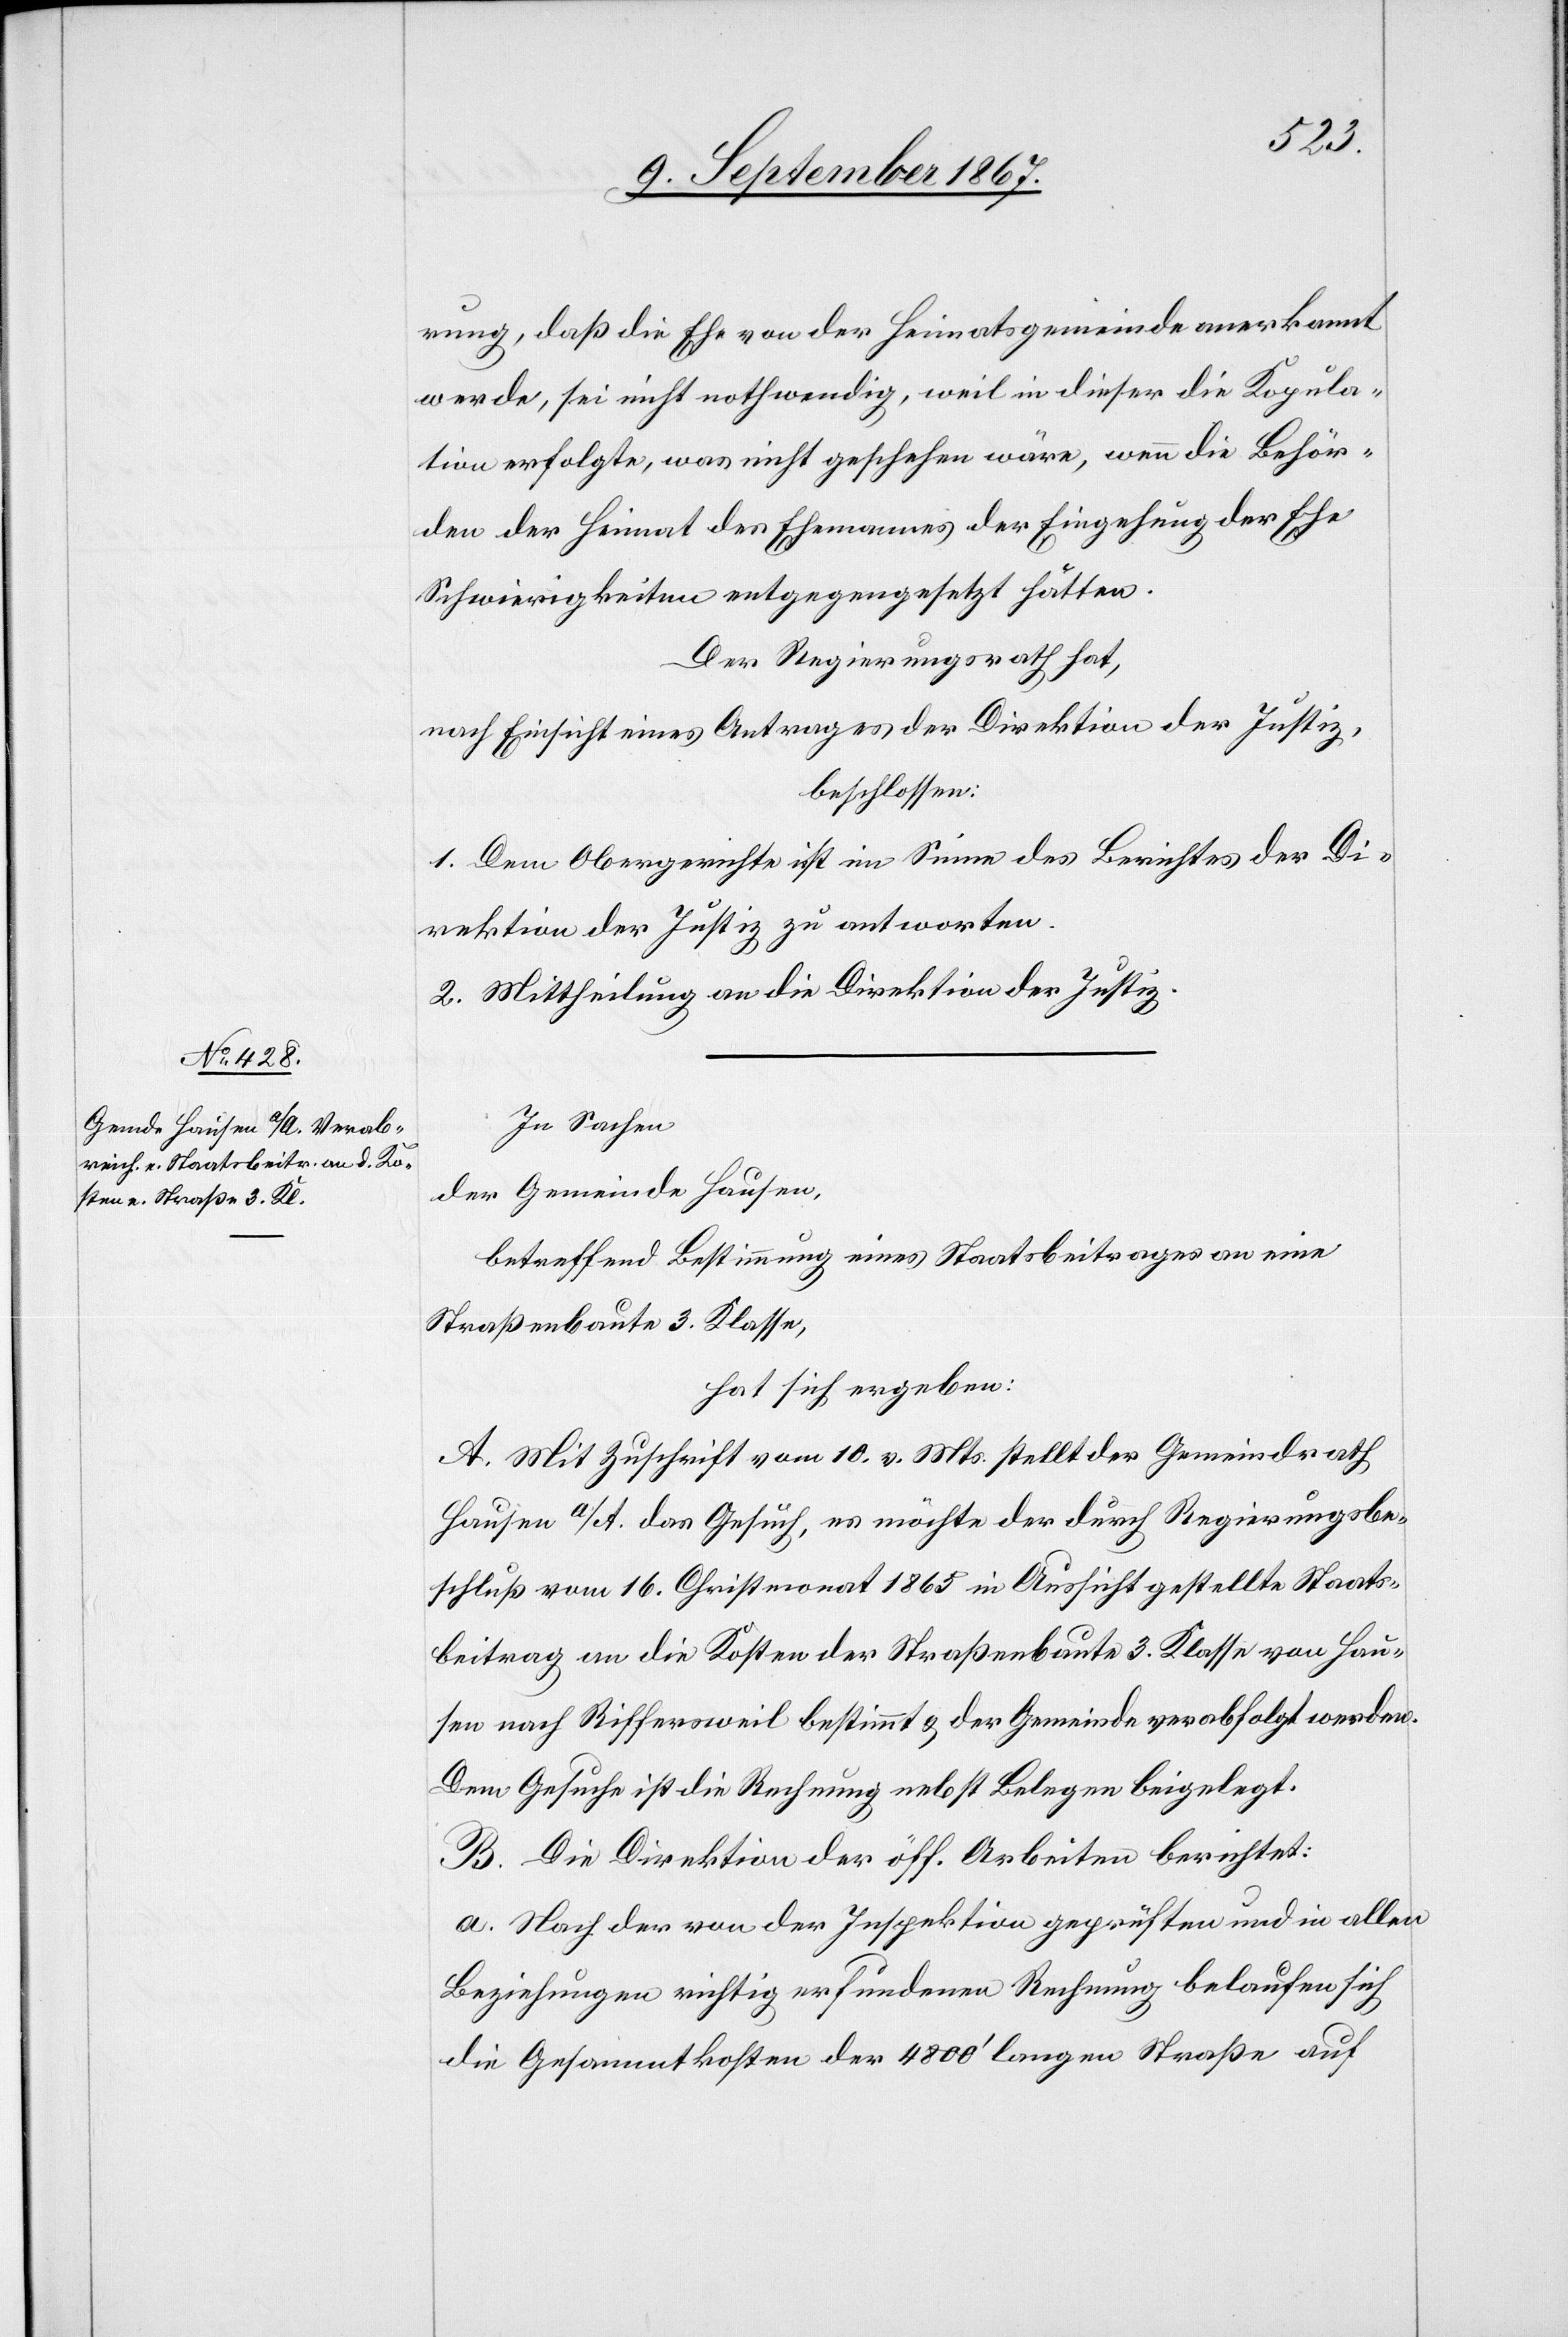
rung, daß die Ehe von der Heimatsgemeinde anerkannt
werde, sei nicht nothwendig, weil in dieser die Kopula¬
tion erfolgte, was nicht geschehen wäre, wenn die Behör¬
den der Heimat des Ehemannes der Eingehung der Ehe
Schwierigkeiten entgegengesetzt hätten.
Der Regierungsrath hat,
nach Einsicht eines Antrages der Direktion der Justiz,
beschlossen:
1. Dem Obergerichte ist im Sinne des Berichtes der Di¬
rektion der Justiz zu antworten.
2. Mittheilung an die Direktion der Justiz:
In Sachen
der Gemeinde Hausen,
betreffend Bestimmung eines Staatsbeitrages an eine
Straßenbaute 3. Klasse,
hat sich ergeben:
A. Mit Zuschrift vom 10. v. Mts. stellt der Gemeindrath
Hausen a/A. das Gesuch, es möchte der durch Regierungsbe¬
schluß vom 16. Christmonat 1863 in Aussicht gestellte Staats¬
beitrag an die Kosten der Straßenbaute 3. Klasse von Hau¬
sen nach Riffersweil bestimmt u. der Gemeinde verabfolgt werden.
Dem Gesuche ist die Rechnung nebst Belegen beigelegt.
B. Die Direktion der öff. Arbeiten berichtet:
a. Nach der von der Inspektion geprüften und in allen
Beziehungen richtig erfundenen Rechnung belaufen sich
die Gesammtkosten der 4600‘ langen Straße auf